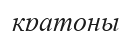
кратоны